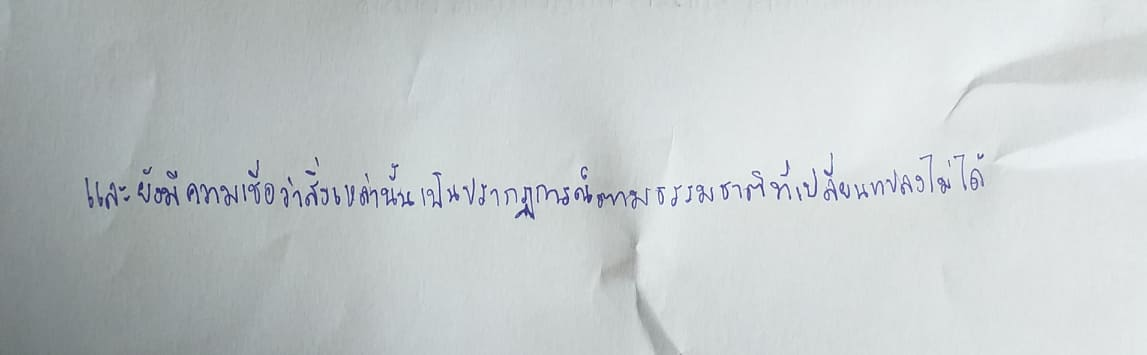
และยังมีความเชื่อว่าสิ่งเหล่านี้เป็นปรากฏการณ์ตามธรรมชาติที่เปลี่ยนแปลงไม่ได้